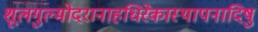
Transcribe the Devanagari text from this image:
शूलगुल्मोदरानाहधिरेकास्थापनादिषु